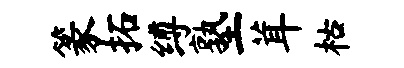
篆拓缚塾茸枯